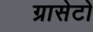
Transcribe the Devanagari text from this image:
ग्रासेटो